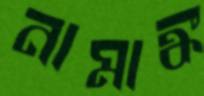
নামাঙ্ক